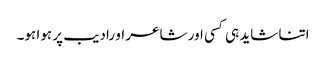
اتنا شاید ہی کسی اور شاعر او رادیب پر ہوا ہو۔